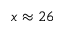
x \approx 2 6